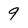
Character: 9